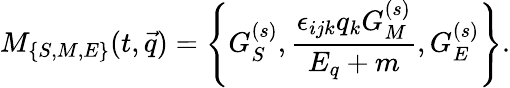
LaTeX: M_{\{ S,M,E\} }(t,\vec{q})=\left\{ G_{S}^{(s)},\frac{\epsilon_{ijk}q_{k}G_{M}^{(s)}}{E_{q}+m},G_{E}^{(s)}\right\} .